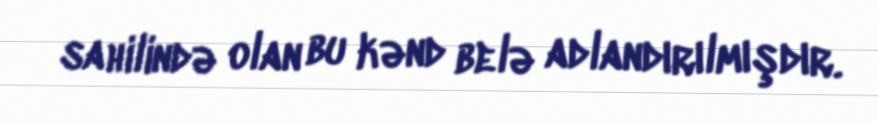
sahilində olan bu kənd belə adlandırılmışdır.